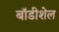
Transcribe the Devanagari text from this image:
बॉडीशेल